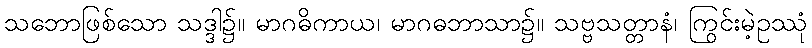
သဘောဖြစ်သော သဒ္ဒါ၌။ မာဂဓိကာယ၊ မာဂဓဘာသာ၌။ သဗ္ဗသတ္တာနံ၊ ကြွင်းမဲ့ဥဿုံ